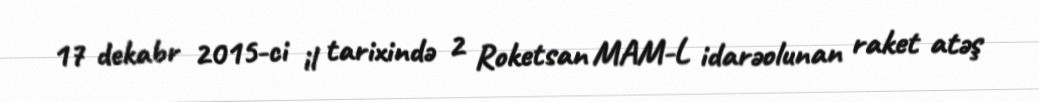
17 dekabr 2015-ci il tarixində 2 Roketsan MAM-L idarəolunan raket atəş